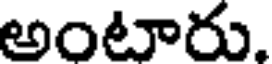
అంటారు.